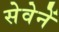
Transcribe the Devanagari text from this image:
सेवेनें